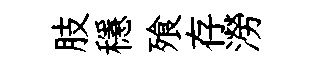
肢穩飱存澇